Plague in India, 1896, 1897 - Volume 2
Year: 1896
Disease focus: Plague
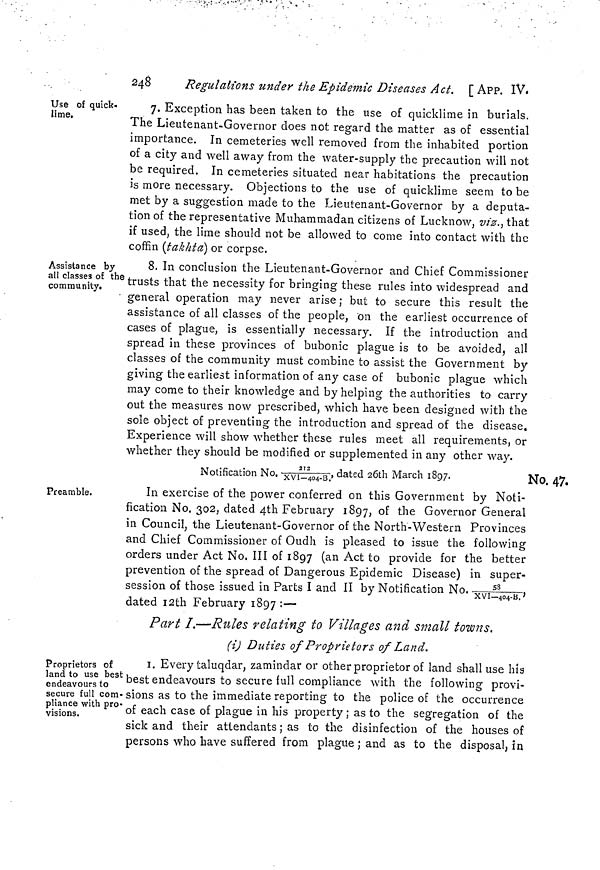
248
Regulations under the Epidemic Diseases Act. [ APP. IV.
Use of quick-
lime.
7. Exception has been taken to the use of quicklime in burials.
The Lieutenant-Governor does not regard the matter as of essential
importance. In cemeteries well removed from the inhabited portion
of a city and well away from the water-supply the precaution will not
be required. In cemeteries situated near habitations the precaution
is more necessary. Objections to the use of quicklime seem to be
met by a suggestion made to the Lieutenant-Governor by a deputa-
tion of the representative Muhammadan citizens of Lucknow, viz. } that
if used, the lime should not be allowed to come into contact with the
coffin (takhta] or corpse.
Assistance by
all classes of the
community.
8. In conclusion the Lieutenant-Governor and Chief Commissioner
trusts that the necessity for bringing these rules into widespread and
general operation may never arise ; but to secure this result the
assistance of all classes of the people, on the earliest occurrence of
cases of plague, is essentially necessary. If the introduction and
spread in these provinces of bubonic plague is to be avoided, all
classes of the community must combine to assist the Government by
giving the earliest information of any case of bubonic plague which
may come to their knowledge and by helping the authorities to carry
out the measures now prescribed, which have been designed with the
sole object of preventing the introduction and spread of the disease.
Experience will show whether these rules meet all requirements, or
whether they should be modified or supplemented in any other way.
No. 47.
Notification No. XV1
2^2
404- . B -, dated 26th March 1897.
Preamble.
In exercise of the power conferred on this Government by Noti-
fication No. 302, dated 4th February 1897, of the Governor General
in Council, the Lieutenaut-Governor of the North-Western Provinces
and Chief Commissioner of Oudh is pleased to issue the following
orders under Act No. III of 1897 (an Act to provide for the better
prevention of the spread of Dangerous Epidemic Disease) in super-
session of those issued in Parts I and II by Notification No, „.. T
58 ——,
X VI—404-15,
dated I2th February 1897 : —
Part I.—Rules relating to Villages and small towns,
(i) Duties of Proprietors of Land.
Proprietors of
land to use best
endeavours to
secure full com-
pliance with pro-
visions.
I. Every taluqdar, zamindar or other proprietor of land shall use his
best endeavours to secure full compliance with the following provi-
sions as to the immediate reporting to the police of the occurrence
of each case of plague in his property ; as to the segregation of the
sick and their attendants ; as to the disinfection of the houses of
persons who have suffered from plague ; and as to the disposal, in